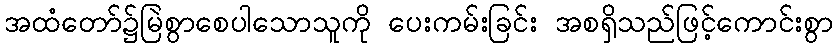
အထံတော်၌မြဲစွာစေပါသောသူကို ပေးကမ်းခြင်း အစရှိသည်ဖြင့်ကောင်းစွာ